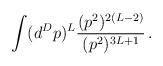
LaTeX: \begin{align*}\int (d^D p)^L {(p^2)^{2(L-2)} \over (p^2)^{3L +1}} \,. \end{align*}